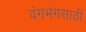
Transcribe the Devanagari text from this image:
वंगभंगसाठी